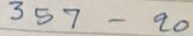
357 - 20